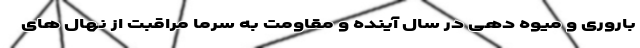
باروری و میوه دهی در سال آینده و مقاومت به سرما مراقبت از نهال های